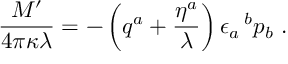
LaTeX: { \frac { M ^ { \prime } } { 4 \pi \kappa \lambda } } = - \left( q ^ { a } + { \frac { \eta ^ { a } } { \lambda } } \right) \epsilon _ { a } ^ { ~ ~ b } p _ { b } ~ .